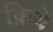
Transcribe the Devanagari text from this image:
क़िये